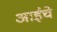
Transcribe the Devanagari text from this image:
अाईचे